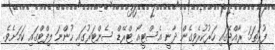
ފުރަތަމަ ރާއްޖޭގައި ހަރުކުރެވިގެން ދާނީ އެސްޓީއޯ ޓްރޭޑް ސެންޓަރުގައި ހުންނަ ލިފްޓްގައި ކަމަށެވެ.